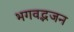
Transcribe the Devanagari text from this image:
भगवद्भजन